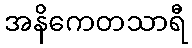
အနိကေတသာရီ